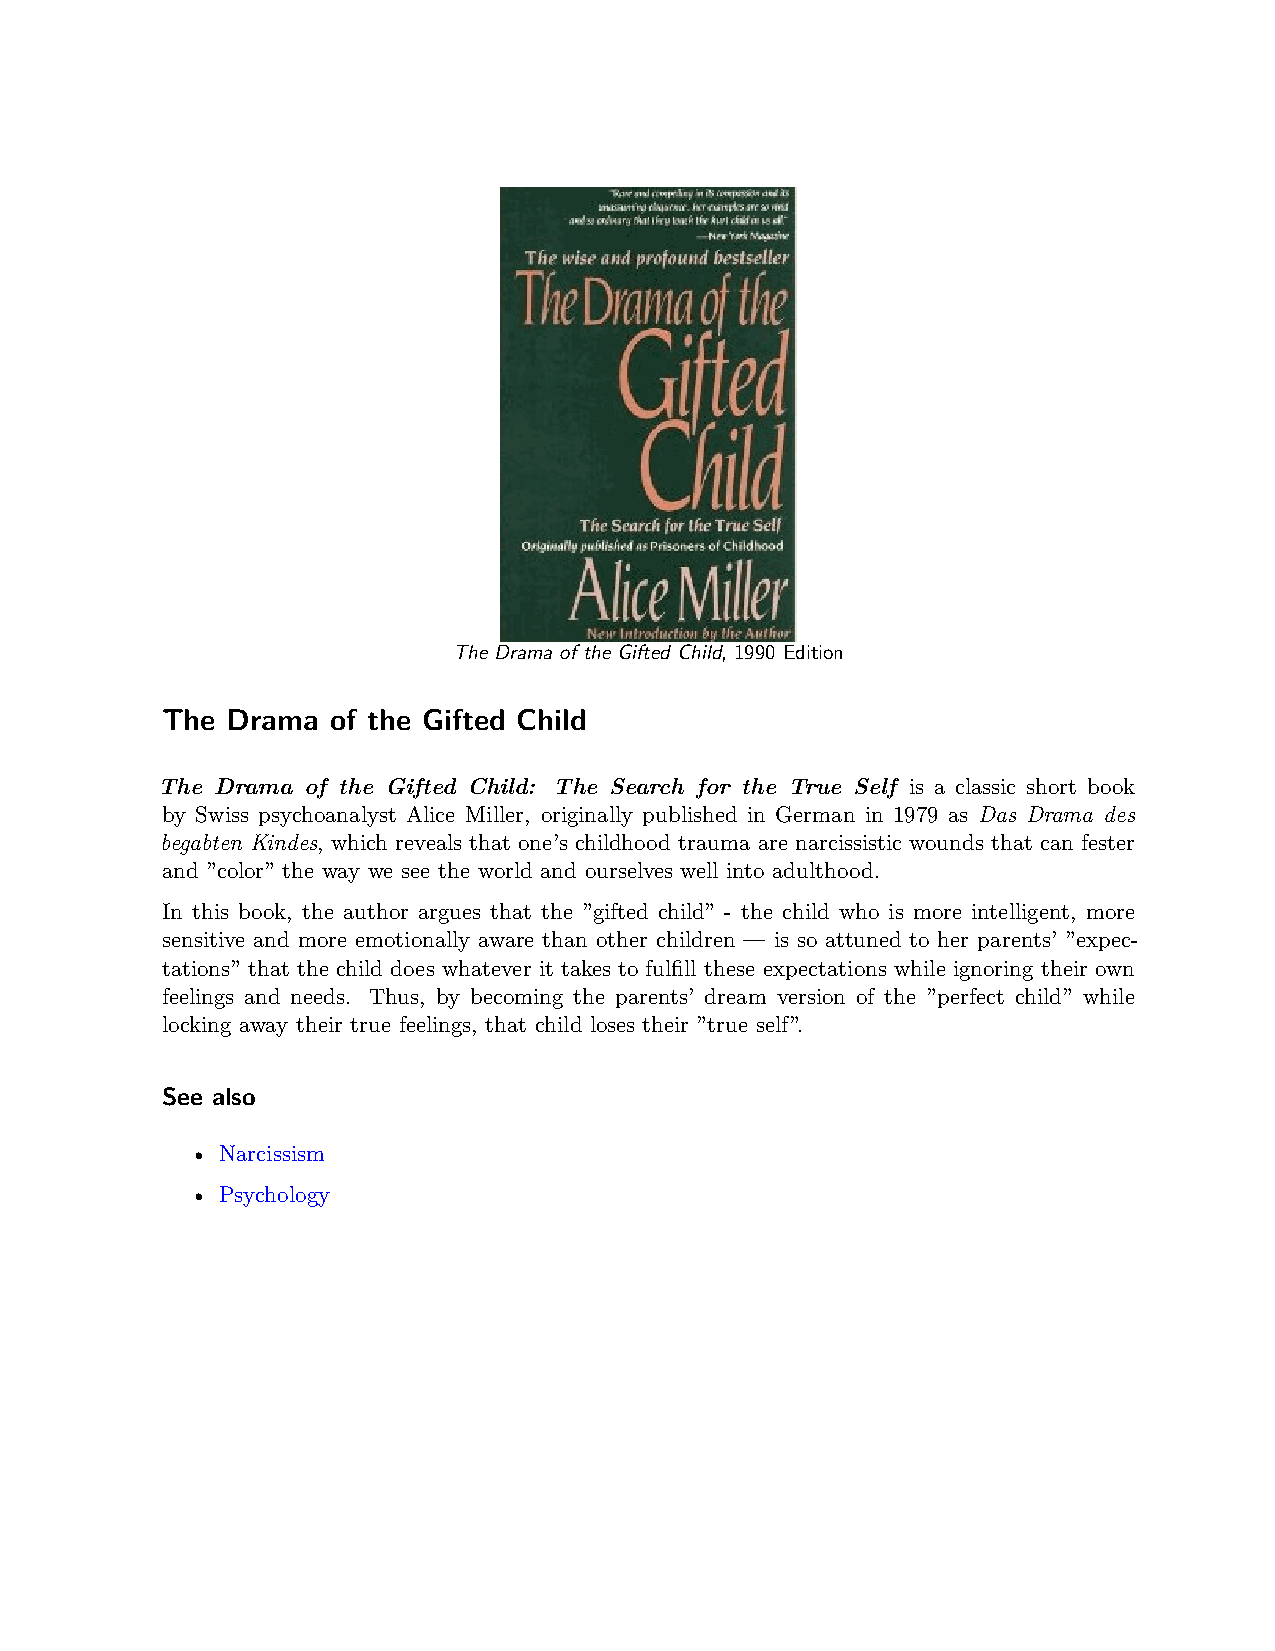
The Drama of the Gifted Child, 1990 Edition
 The Drama  of the Gifted Child
 The Drama of the Gifted Child: The Search for the True Self is a classic short book
 by Swiss psychoanalyst Alice Miller, originally published in German in 1979 as Das Drama des
 begabten Kindes, which reveals that one’s childhood trauma are narcissistic wounds that can fester
 and ”color” the way we see the world and ourselves well into adulthood.
 In this book, the author argues that the ”gifted child” - the child who is more intelligent, more
 sensitive and more emotionally aware than other children — is so attuned to her parents’ ”expec-
 tations” that the child does whatever it takes to fulfill these expectations while ignoring their own
 feelings and needs. Thus, by becoming the parents’ dream version of the ”perfect child” while
 locking away their true feelings, that child loses their ”true self”.
 See also
 • Narcissism
 • Psychology